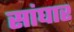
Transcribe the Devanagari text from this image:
सांघार